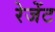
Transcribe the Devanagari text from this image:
रेजेंट